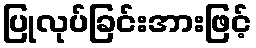
ပြုလုပ်ခြင်းအားဖြင့်